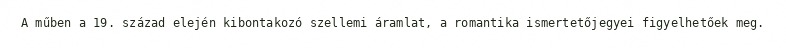
A műben a 19. század elején kibontakozó szellemi áramlat, a romantika ismertetőjegyei figyelhetőek meg.